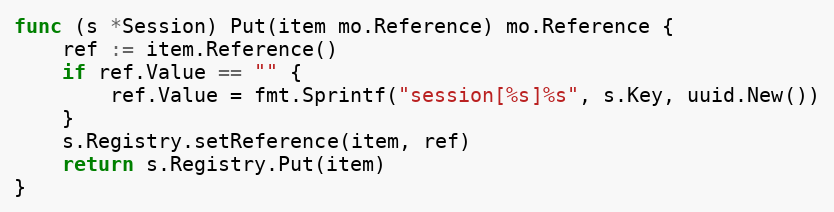
Language: Go
func (s *Session) Put(item mo.Reference) mo.Reference {
	ref := item.Reference()
	if ref.Value == "" {
		ref.Value = fmt.Sprintf("session[%s]%s", s.Key, uuid.New())
	}
	s.Registry.setReference(item, ref)
	return s.Registry.Put(item)
}